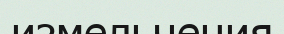
измельчения